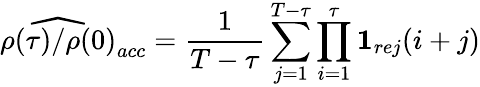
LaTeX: \widehat{\rho(\tau)/\rho(0)}_{acc}=\frac{1}{T-\tau}\sum_{j=1}^{T-\tau}\prod_{i=1}^{\tau}\mathbf{1}_{rej}(i+j)